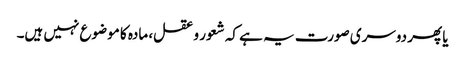
یا پھر دوسری صورت یہ ہے کہ شعور و عقل، مادہ کا موضوع نہیں ہیں۔